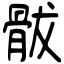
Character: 䯋